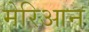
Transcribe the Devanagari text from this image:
मेरिआन